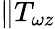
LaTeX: \| T_{\omega z}